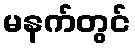
မနက်တွင်